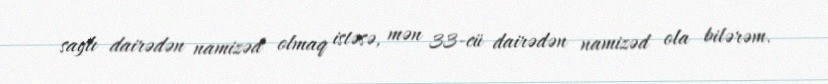
saylı dairədən namizəd olmaq istəsə, mən 33-cü dairədən namizəd ola bilərəm.